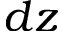
d z